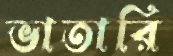
ভাতারি